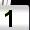
Digit: 1